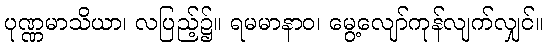
ပုဏ္ဏမာသိယာ၊ လပြည့်၌။ ရမမာနာဝ၊ မွေ့လျော်ကုန်လျက်လျှင်။